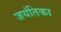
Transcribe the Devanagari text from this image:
जयंतिका